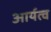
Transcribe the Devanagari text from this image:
आर्यत्व